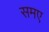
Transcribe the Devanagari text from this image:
समए